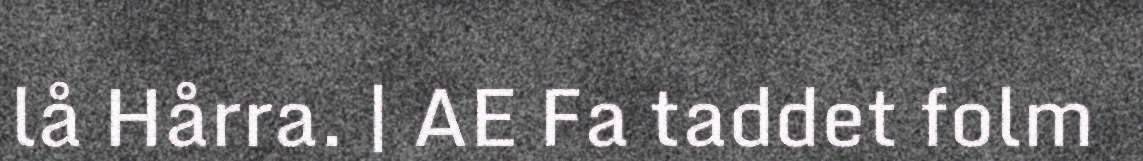
lå Hårra. | AE Fa taddet folm